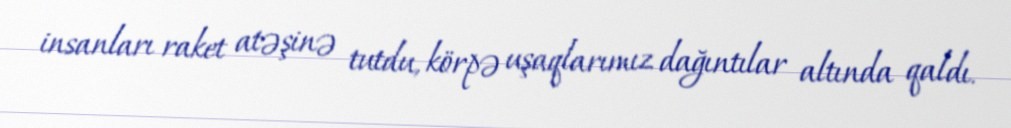
insanları raket atəşinə tutdu, körpə uşaqlarımız dağıntılar altında qaldı.